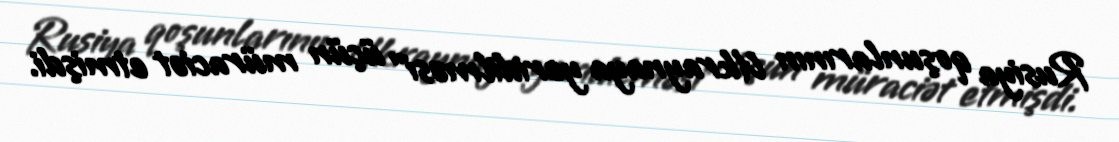
Rusiya qoşunlarının Ukraynaya yeridilməsi” üçün müraciət etmişdi.